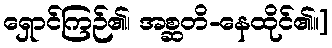
ရှောင်ကြဉ်၏၊ အစ္ဆတိ-နေထိုင်၏။]